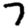
Digit: 7